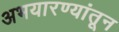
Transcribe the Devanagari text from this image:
अभयारण्यांतून